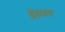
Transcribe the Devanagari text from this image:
इंग्राम